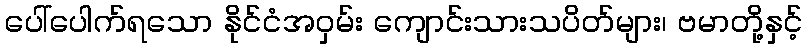
ပေါ်ပေါက်ရသော နိုင်ငံအဝှမ်း ကျောင်းသားသပိတ်များ၊ ဗမာတို့နှင့်